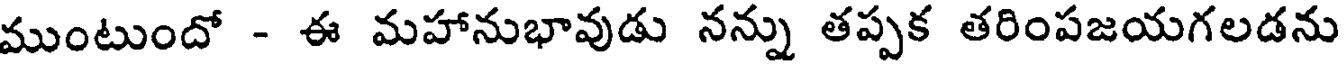
ముంటుందో - ఈ మహానుభావుడు నన్ను తప్పక తరింపజయగలడను